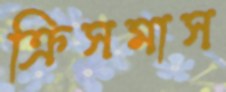
ক্রিসমাস